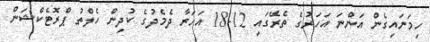
ހިމަނައިގެން އަންނަ އަހަރުގެ ތެރޭގައި 12-18 އަހަރާ ދެމެދުގެ ކުދިން ހެލްތު ޕްރޮޓެކްޝަން